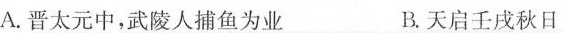
A.晋太元中，武陵人捕鱼为业 B.天启壬戌秋日